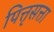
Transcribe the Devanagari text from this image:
पित्तृसत्ता